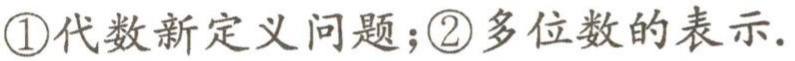
\textcircled{1}代数新定义问题；\textcircled{2}多位数的表示.